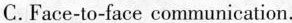
C. Face-to-face communication.